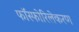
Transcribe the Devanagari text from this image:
फॉस्फोरिलेकरण